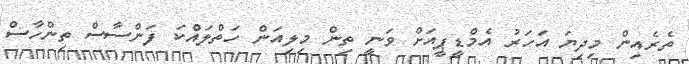
ތެރެއިން މިދިޔަ އަހަރު އެމްޑީޕީއަށް ވަނީ ތިން މިލިއަން ހަތްލައްކަ ފަންސާސް ތިންހާސް